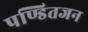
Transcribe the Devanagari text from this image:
पण्डितजन